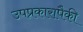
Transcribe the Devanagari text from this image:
उपप्रकारापैकी